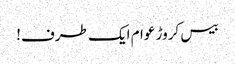
بیس کروڑ عوام ایک طرف!